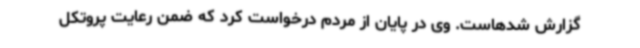
گزارش شدهاست. وی در پایان از مردم درخواست کرد که ضمن رعایت پروتکل